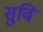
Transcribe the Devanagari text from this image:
सुवि